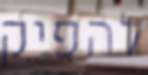
להפיק